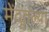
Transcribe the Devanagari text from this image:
मेंदूतल्या